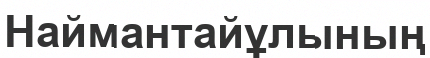
Наймантайұлының